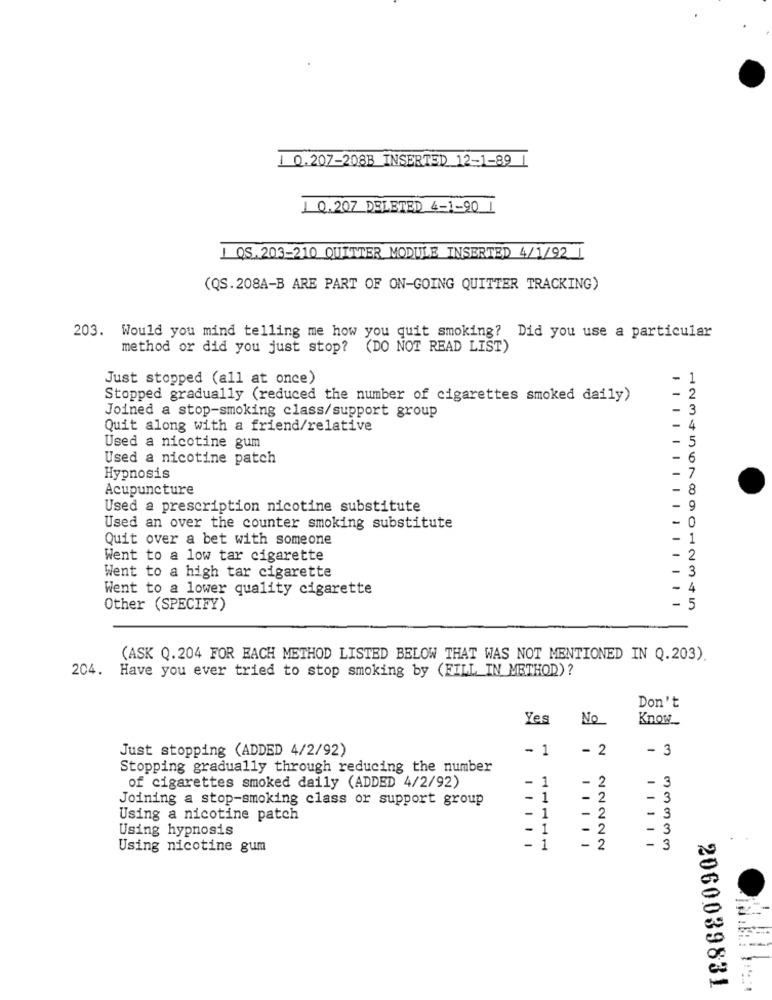
Q.207-208B INSERTED 12-1-89
0.207 DELETED 4-1-90 1
I QS.203-210 QUITTER MODULE INSERTED 4/1/92 |
(QS.208A-B ARE PART OF ON-GOING QUITTER TRACKING)
203. Would you mind telling me how you quit smoking? Did you use a particular
method or did you just stop? (DO NOT READ LIST)
Just stopped (all at once)
-
1
Stopped gradually (reduced the number of cigarettes smoked daily)
- 3
Joined a stop-smoking class/support group
Quit along with a friend/relative
-
4
- 5
Used a nicotine gum
Used a nicotine patch
-
6
- 7
Hypnosis
Acupuncture
-
8
Used a prescription nicotine substitute
9
0
Used an over the counter smoking substitute
Quit over a bet with someone
- 1
Went to a low tar cigarette
2
3
Went to a high tar cigarette
Went to a lower quality cigarette
4
Other (SPECIFY)
- 5
(ASK Q.204 FOR EACH METHOD LISTED BELOW THAT WAS NOT MENTIONED IN Q.203).
204. Have you ever tried to stop smoking by (FILL IN METHOD) ?
Don't
Yes
No
Know
Just stopping (ADDED 4/2/92)
- 1
- 2
- 3
Stopping gradually through reducing the number
- 3
of cigarettes smoked daily (ADDED 4/2/92)
- 1
- 2
Joining a stop-smoking class or support group
- 1
- 2
- 3
Using a nicotine patch
1
- 2
- 3
Using hypnosis
1
- 2
- 3
-
Using nicotine gum
1
- 2
- 3
2060039831